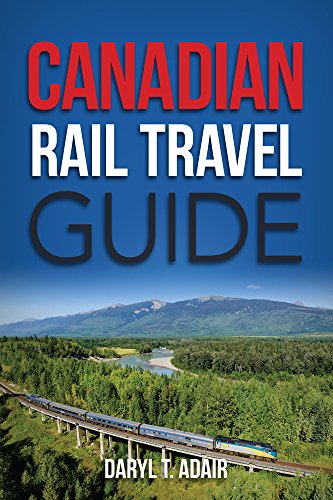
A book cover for Canadian Rail Travel Guide: Revised Edition; Daryl Adair; Travel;